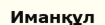
Иманқұл